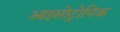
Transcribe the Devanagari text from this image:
आइसोट्रोपिक